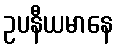
ဥပနီယမာနေ